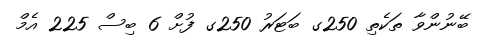
ބޭނުންވާ ތަކެތި 250ގ ބަޓަރު 250ގ ފުށް 6 ބިސް 225 އެމް